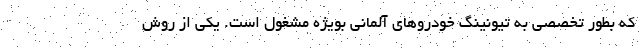
که بطور تخصصی به تیونینگ خودروهای آلمانی بویژه مشغول است. یکی از روش